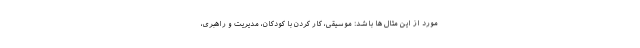
مورد از این مثال ها باشد: موسیقی، کار کردن با کودکان، مدیریت و راهبری،